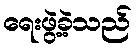
ရေးဖွဲ့ခဲ့သည်